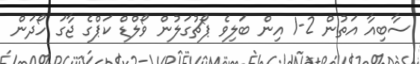
ސާބިއާ އަތުން 2-1 އިން ބަލިވެ ޕޯޗުގަލުން ވޯލްޑް ކަޕްގެ ޖާގަ ހޯދަން